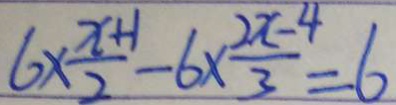
6 \times \frac { x + 1 } { 2 } - 6 \times \frac { 2 x - 4 } { 3 } = 6